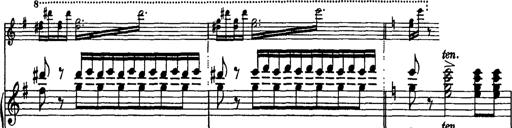
Title: BÃ¼low-Marsch
Composer: Franz Liszt